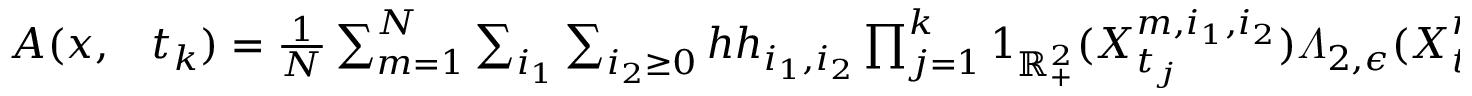
\begin{array} { r l } { A ( x , } & { { } t _ { k } ) = \frac { 1 } { N } \sum _ { m = 1 } ^ { N } \sum _ { i _ { 1 } } \sum _ { i _ { 2 } \geq 0 } h h _ { i _ { 1 } , i _ { 2 } } \prod _ { j = 1 } ^ { k } 1 _ { \mathbb { R } _ { + } ^ { 2 } } ( X _ { t _ { j } } ^ { m , i _ { 1 } , i _ { 2 } } ) \varLambda _ { 2 , \epsilon } ( X _ { t _ { k } } ^ { m , i _ { 1 } , i _ { 2 } } , x ) \wedge \hat { \omega } _ { i _ { 1 } , i _ { 2 } } } \end{array}